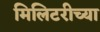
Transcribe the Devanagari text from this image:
मिलिटरीच्या